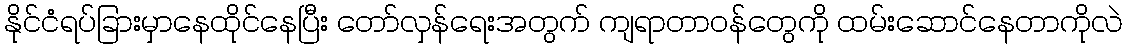
နိုင်ငံရပ်ခြားမှာနေထိုင်နေပြီး တော်လှန်ရေးအတွက် ကျရာတာဝန်တွေကို ထမ်းဆောင်နေတာကိုလဲ